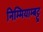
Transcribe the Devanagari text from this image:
निम्मियाम्बट्टू